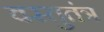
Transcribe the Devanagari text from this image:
वस्तुतंत्र